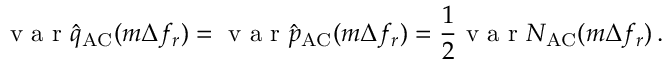
\mathrm { ~ v ~ a ~ r ~ } \hat { q } _ { \mathrm { A C } } ( m \Delta f _ { r } ) = \mathrm { ~ v ~ a ~ r ~ } \hat { p } _ { \mathrm { A C } } ( m \Delta f _ { r } ) = \frac { 1 } { 2 } \mathrm { ~ v ~ a ~ r ~ } N _ { \mathrm { A C } } ( m \Delta f _ { r } ) \, .